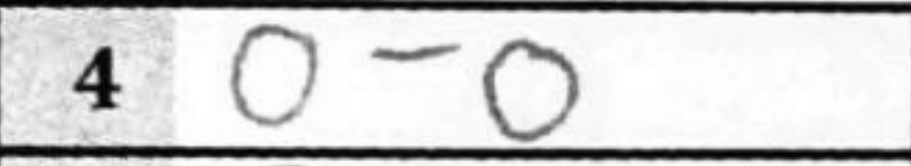
Transcription: O-O